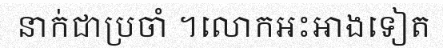
នាក់ជាប្រចាំ ។លោកអះអាងទៀត